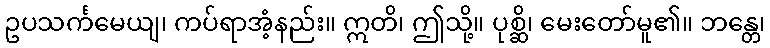
ဥပသင်္ကမေယျ၊ ကပ်ရာအံ့နည်း။ ဣတိ၊ ဤသို့။ ပုစ္ဆိ၊ မေးတော်မူ၏။ ဘန္တေ၊